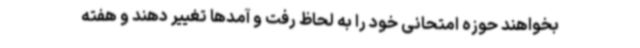
بخواهند حوزه امتحانی خود را به لحاظ رفت و آمدها تغییر دهند و هفته